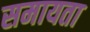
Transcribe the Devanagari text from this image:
समायता